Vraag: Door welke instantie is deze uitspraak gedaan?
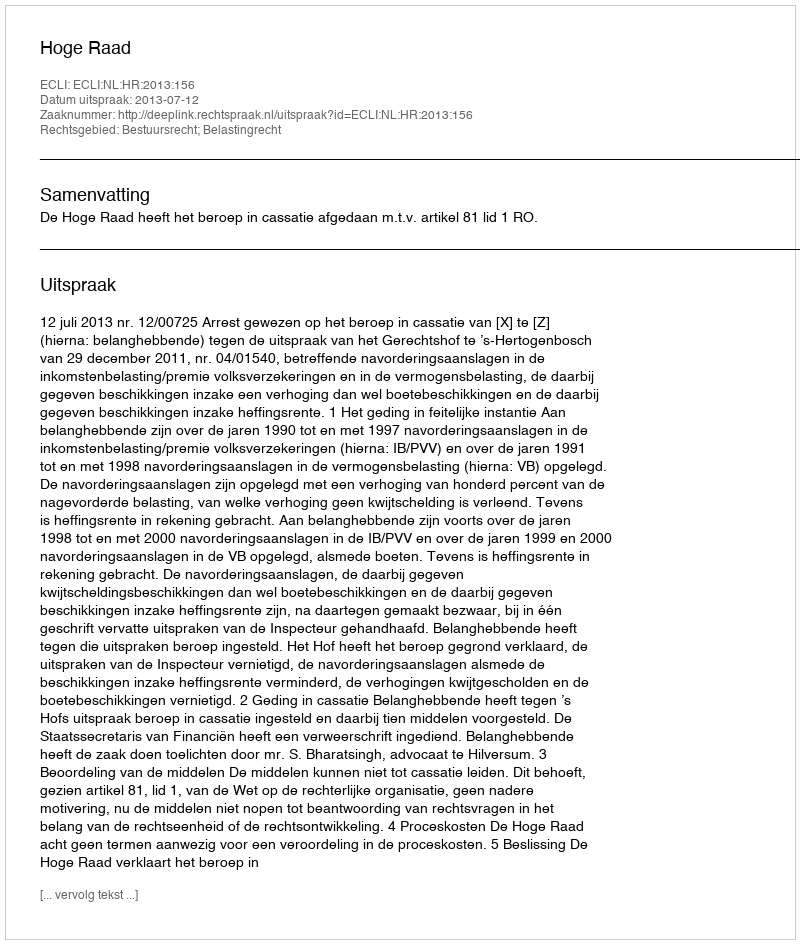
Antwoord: Hoge Raad